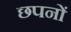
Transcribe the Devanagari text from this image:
छपनों